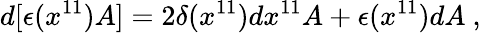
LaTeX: d[\epsilon(x^{11})A]=2\delta(x^{11})dx^{11}A+\epsilon(x^{11})dA\ ,